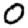
Digit: 0